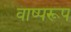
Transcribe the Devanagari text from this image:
वाष्परूप